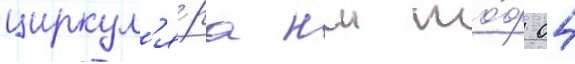
циркул'я́ра нш то́ф 04